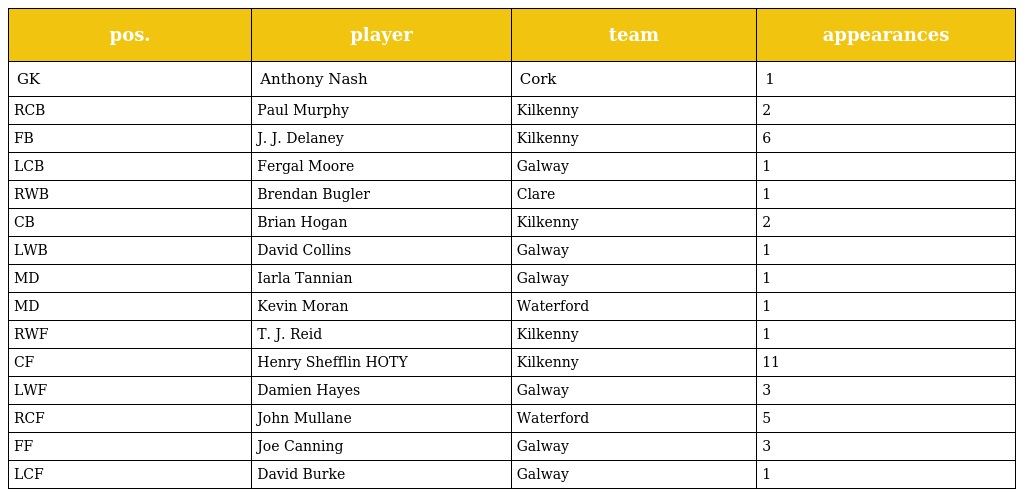
| pos. | player | team | appearances |
 | --- | --- | --- | --- |
 | GK | Anthony Nash | Cork | 1 |
 | RCB | Paul Murphy | Kilkenny | 2 |
 | FB | J. J. Delaney | Kilkenny | 6 |
 | LCB | Fergal Moore | Galway | 1 |
 | RWB | Brendan Bugler | Clare | 1 |
 | CB | Brian Hogan | Kilkenny | 2 |
 | LWB | David Collins | Galway | 1 |
 | MD | Iarla Tannian | Galway | 1 |
 | MD | Kevin Moran | Waterford | 1 |
 | RWF | T. J. Reid | Kilkenny | 1 |
 | CF | Henry Shefflin HOTY | Kilkenny | 11 |
 | LWF | Damien Hayes | Galway | 3 |
 | RCF | John Mullane | Waterford | 5 |
 | FF | Joe Canning | Galway | 3 |
 | LCF | David Burke | Galway | 1 |